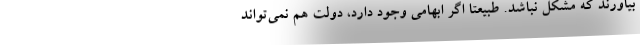
بیاورند که مشکل نباشد. طبیعتا اگر ابهامی وجود دارد، دولت هم نمی‌تواند